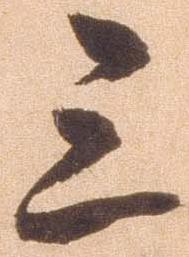
三